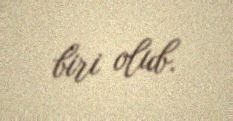
biri olub.